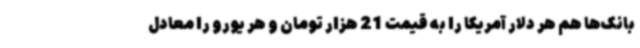
بانک‌ها هم هر دلار آمریکا را به قیمت 21 هزار تومان و هر یورو را معادل